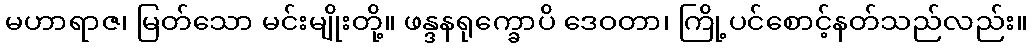
မဟာရာဇ၊ မြတ်သော မင်းမျိုးတို့။ ဖန္ဒနရုက္ခောပိ ဒေဝတာ၊ ကြို့ပင်စောင့်နတ်သည်လည်း။